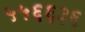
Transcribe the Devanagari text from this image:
५५६६३६